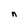
Character: n